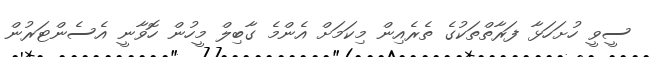
ސީވީ ހުށަހަޅާ ފަރާތްތަކުގެ ތެރެއިން މިކަމަށް އެންމެ ގާބިލް މީހުން ހޮވާނީ އެސެންޓަރުން